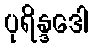
ပုရိန္ဒဒေါ